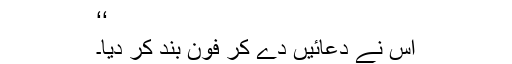
‘‘
اس نے دعائیں دے کر فون بند کر دیا۔